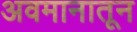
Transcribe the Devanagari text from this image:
अवमानातून